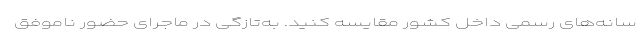
سانه‌های رسمی داخل کشور مقایسه کنید. به‌تازگی در ماجرای حضور ناموفق